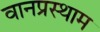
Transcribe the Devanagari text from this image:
वानप्रस्थाम